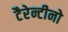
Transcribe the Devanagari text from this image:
टैरेन्टीनो